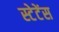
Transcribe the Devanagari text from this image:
स्टेटेंस